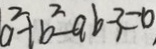
a ^ { 2 } + b ^ { 2 } - a b - 3 = 0